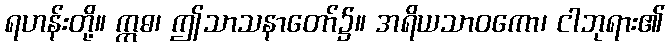
ရဟန်းတို့။ ဣဓ၊ ဤသာသနာတော်၌။ အရိယသာဝကော၊ ငါဘုရား၏